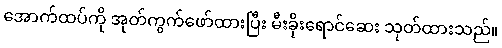
အောက်ထပ်ကို အုတ်ကွက်ဖော်ထားပြီး မီးခိုးရောင်ဆေး သုတ်ထားသည်။